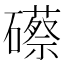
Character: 礤